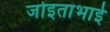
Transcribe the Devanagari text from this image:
जोइताभाई